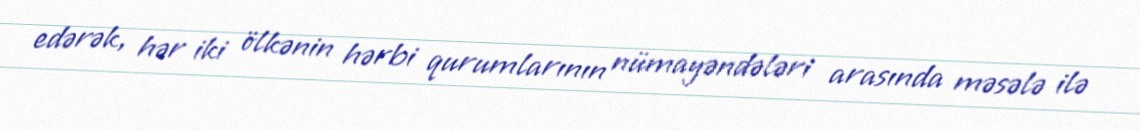
edərək, hər iki ölkənin hərbi qurumlarının nümayəndələri arasında məsələ ilə